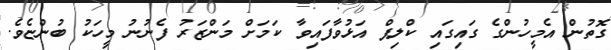
ގޮތުން އެމީހުންގެ ގައިގައި ކްލިޕް އަޅުވާފައިވާ ކަމަށް މަންޒަރު ފެނުނު މީހަކު ބުންޏެވެ.